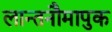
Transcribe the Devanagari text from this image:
लान्तनौमापुक